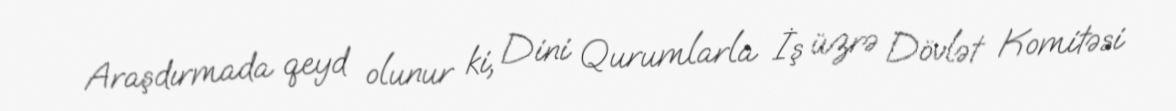
Araşdırmada qeyd olunur ki, Dini Qurumlarla İş üzrə Dövlət Komitəsi